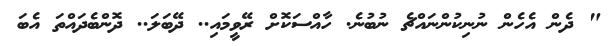
" ދެން އެހެން ނުނިކުންނައްޗެ ނުބުނެ. ހާއްސަކޮށް ރޭވީމައި.. ދޭބަލަ.. ދޮންބެދައްތަ އެބަ